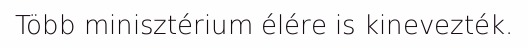
Több minisztérium élére is kinevezték.